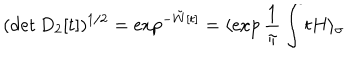
( \det D _ { 2 } [ t ] ) ^ { 1 / 2 } = \exp ^ { - \tilde { W } [ t ] } = \langle \exp \frac { 1 } { \pi } \int t H \rangle _ { \sigma }